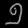
Digit: ၅